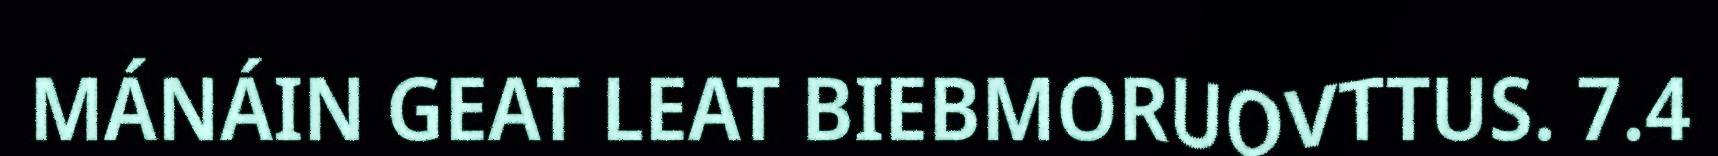
MÁNÁIN GEAT LEAT BIEBMORUOVTTUS. 7.4